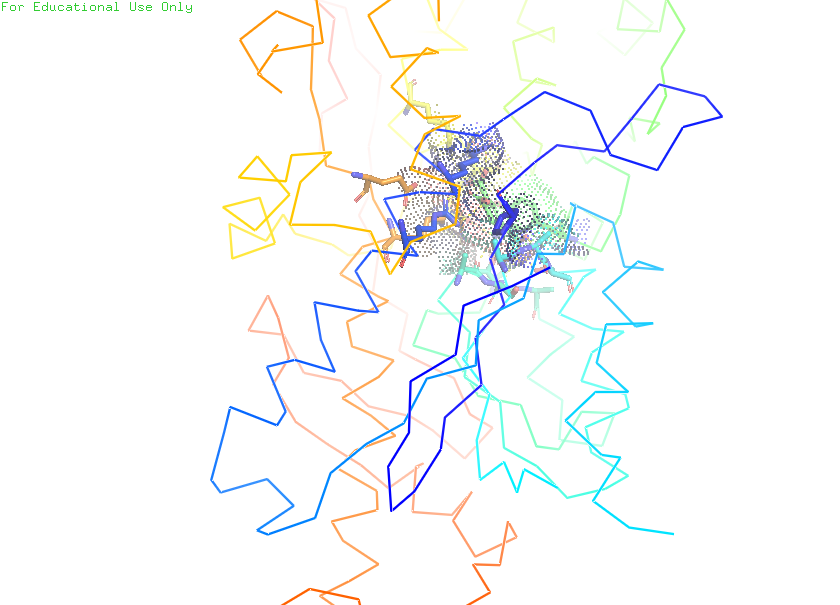
pymol, preset, ligand_sites_dots